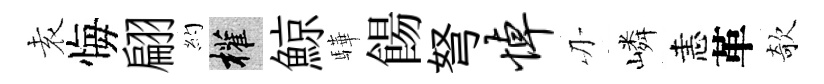
𡊮悔翩約權鯨驊餳弩悼刃嶙恚革欹